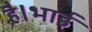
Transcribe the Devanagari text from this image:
है।भाई